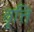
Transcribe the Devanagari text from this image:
वॄत्ति